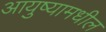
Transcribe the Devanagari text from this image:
आयुष्यामधील